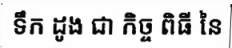
ទឹក ដូង ជា កិច្ច ពិធី នៃ